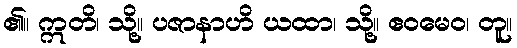
၏။ ဣတိ၊ သို့။ ပဇာနာဟိ ယထာ၊ သို့။ ဧဝမေဝ၊ တူ။